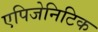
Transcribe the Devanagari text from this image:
एपिजेनिटिक